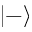
| - \rangle